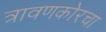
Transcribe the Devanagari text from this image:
त्रावणकोरचा